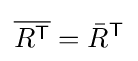
{\overline {R^{\mathsf {T}}}}={\bar {R}}^{\mathsf {T}}